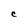
Character: C